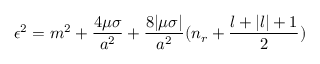
\epsilon ^ { 2 } = m ^ { 2 } + \frac { 4 \mu \sigma } { a ^ { 2 } } + \frac { 8 | \mu \sigma | } { a ^ { 2 } } ( n _ { r } + \frac { l + | l | + 1 } { 2 } )